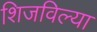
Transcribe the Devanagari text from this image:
शिजविल्या